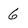
Character: 6